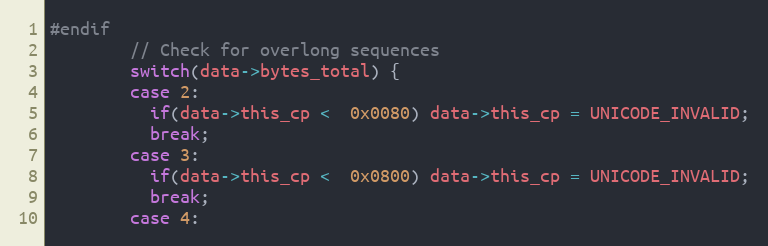
Language: C
#endif
        // Check for overlong sequences
        switch(data->bytes_total) {
        case 2:
          if(data->this_cp <  0x0080) data->this_cp = UNICODE_INVALID;
          break;
        case 3:
          if(data->this_cp <  0x0800) data->this_cp = UNICODE_INVALID;
          break;
        case 4: